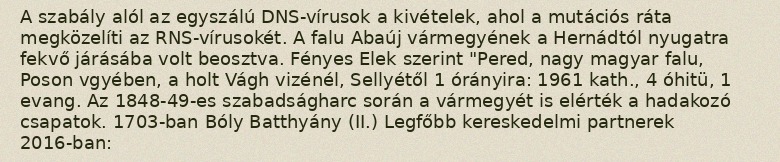
A szabály alól az egyszálú DNS-vírusok a kivételek, ahol a mutációs ráta megközelíti az RNS-vírusokét. A falu Abaúj vármegyének a Hernádtól nyugatra fekvő járásába volt beosztva. Fényes Elek szerint "Pered, nagy magyar falu, Poson vgyében, a holt Vágh vizénél, Sellyétől 1 órányira: 1961 kath., 4 óhitü, 1 evang. Az 1848-49-es szabadságharc során a vármegyét is elérték a hadakozó csapatok. 1703-ban Bóly Batthyány (II.) Legfőbb kereskedelmi partnerek 2016-ban: